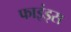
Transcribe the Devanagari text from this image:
फाइंड्स